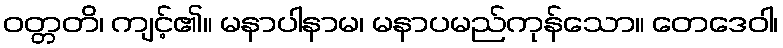
ဝတ္တတိ၊ ကျင့်၏။ မနာပါနာမ၊ မနာပမည်ကုန်သော။ တေဒေဝါ၊